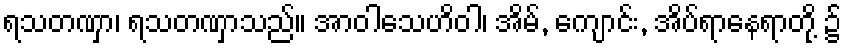
ရသတဏှာ၊ ရသတဏှာသည်။ အာဝါသေဟိဝါ၊ အိမ်, ကျောင်း, အိပ်ရာနေရာတို့ ၌